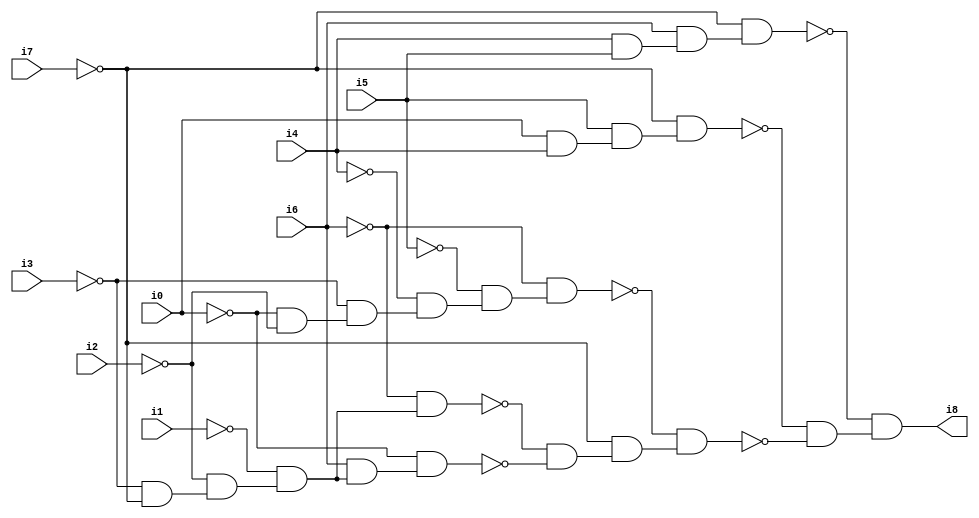
// Benchmark "SKOLEMFORMULA" written by ABC on Mon May  4 15:53:42 2020

module SKOLEMFORMULA ( 
    i0, i1, i2, i3, i4, i5, i6, i7,
    i8  );
  input  i0, i1, i2, i3, i4, i5, i6, i7;
  output i8;
  wire n10, n11, n12, n13, n14, n15, n16, n17, n18, n19, n20, n21, n22, n23,
    n24, n25, n26, n27, n28, n29, n30;
  assign n10 = ~i0 & ~i2;
  assign n11 = ~i3 & n10;
  assign n12 = ~i4 & n11;
  assign n13 = ~i5 & n12;
  assign n14 = ~i6 & n13;
  assign n15 = i0 & i4;
  assign n16 = i5 & n15;
  assign n17 = ~i7 & n16;
  assign n18 = i4 & i5;
  assign n19 = i6 & n18;
  assign n20 = ~i7 & n19;
  assign n21 = ~i3 & ~i7;
  assign n22 = ~i2 & n21;
  assign n23 = ~i1 & n22;
  assign n24 = ~i6 & n23;
  assign n25 = i6 & n23;
  assign n26 = ~i0 & n25;
  assign n27 = ~n24 & ~n26;
  assign n28 = ~i7 & n27;
  assign n29 = ~n14 & n28;
  assign n30 = ~n17 & ~n29;
  assign i8 = ~n20 & n30;
endmodule